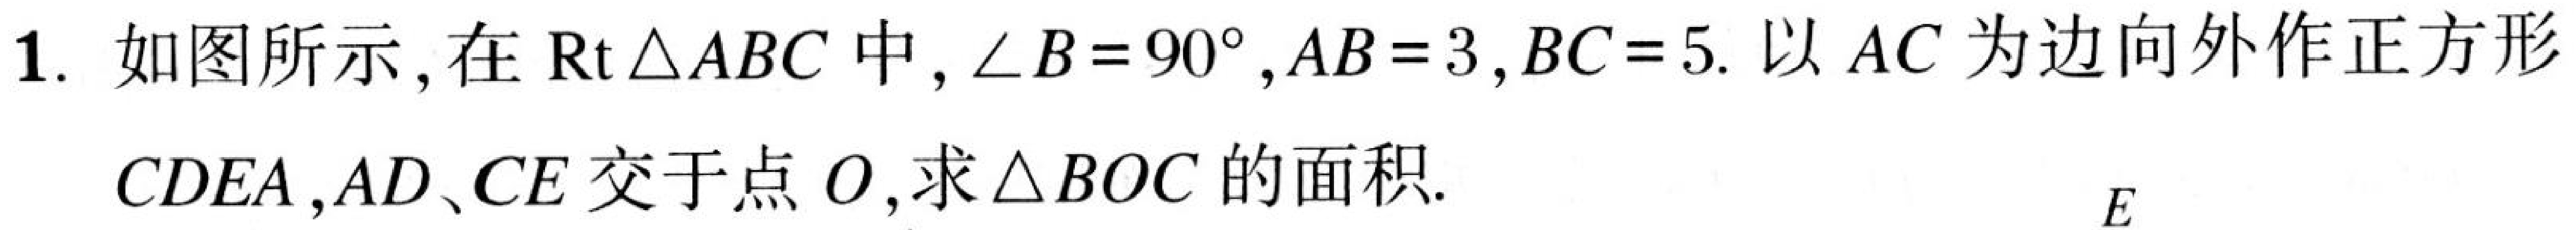
1. 如图所示，在$\text{Rt}\triangle ABC$中，$\angle B = 90^{\circ},AB = 3,BC = 5$. 以$AC$为边向外作正方形$CDEA$,$AD$、$CE$交于点$O$,求$\triangle BOC$的面积.